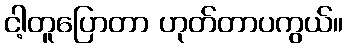
ငါ့တူပြောတာ ဟုတ်တာပကွယ်။